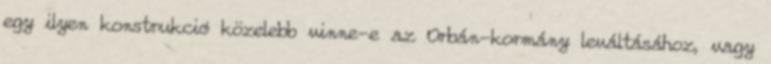
egy ilyen konstrukció közelebb vinne-e az Orbán-kormány leváltásához, vagy